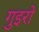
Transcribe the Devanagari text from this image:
गुइरो